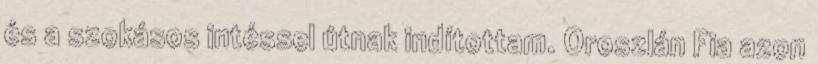
és a szokásos intéssel útnak indítottam. Oroszlán Fia azon